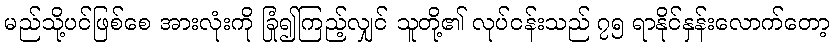
မည်သို့ပင်ဖြစ်စေ အားလုံးကို ခြုံ၍ကြည့်လျှင် သူတို့၏ လုပ်ငန်းသည် ၇၅ ရာနိုင်နှန်းလောက်တော့